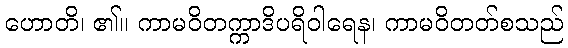
ဟောတိ၊ ၏။ ကာမဝိတက္ကာဒိပရိဝါရေန၊ ကာမဝိတတ်စသည်